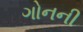
ગોનની